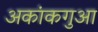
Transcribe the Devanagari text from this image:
अकांकगुआ